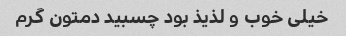
خیلی خوب و‌ لذیذ بود چسبید دمتون گرم